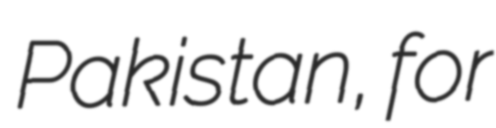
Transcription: Pakistan, for